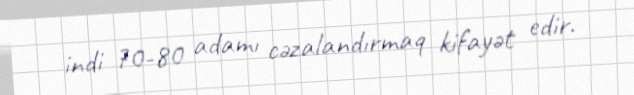
indi 70-80 adamı cəzalandırmaq kifayət edir.